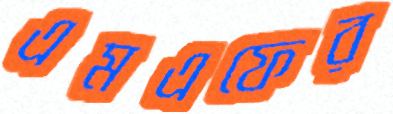
এমএফের